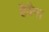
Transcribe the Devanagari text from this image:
हैवैना